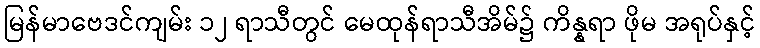
မြန်မာဗေဒင်ကျမ်း ၁၂ ရာသီတွင် မေထုန်ရာသီအိမ်၌ ကိန္နရာ ဖိုမ အရုပ်နှင့်